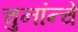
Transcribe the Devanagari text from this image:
चुनांन्चे